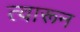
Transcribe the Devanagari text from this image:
त्वारून